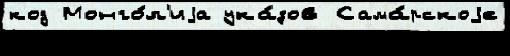
код Монго́л'иjа ука́зов Сама́рскоjе